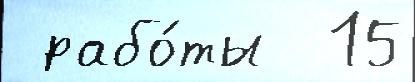
 рабо́ты  15